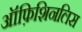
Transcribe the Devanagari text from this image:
ऑफ़िशिनलिस